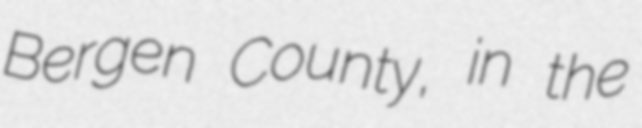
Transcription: Bergen County, in the